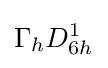
\Gamma _{h}D_{6h}^{1}